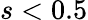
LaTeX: s<0.5